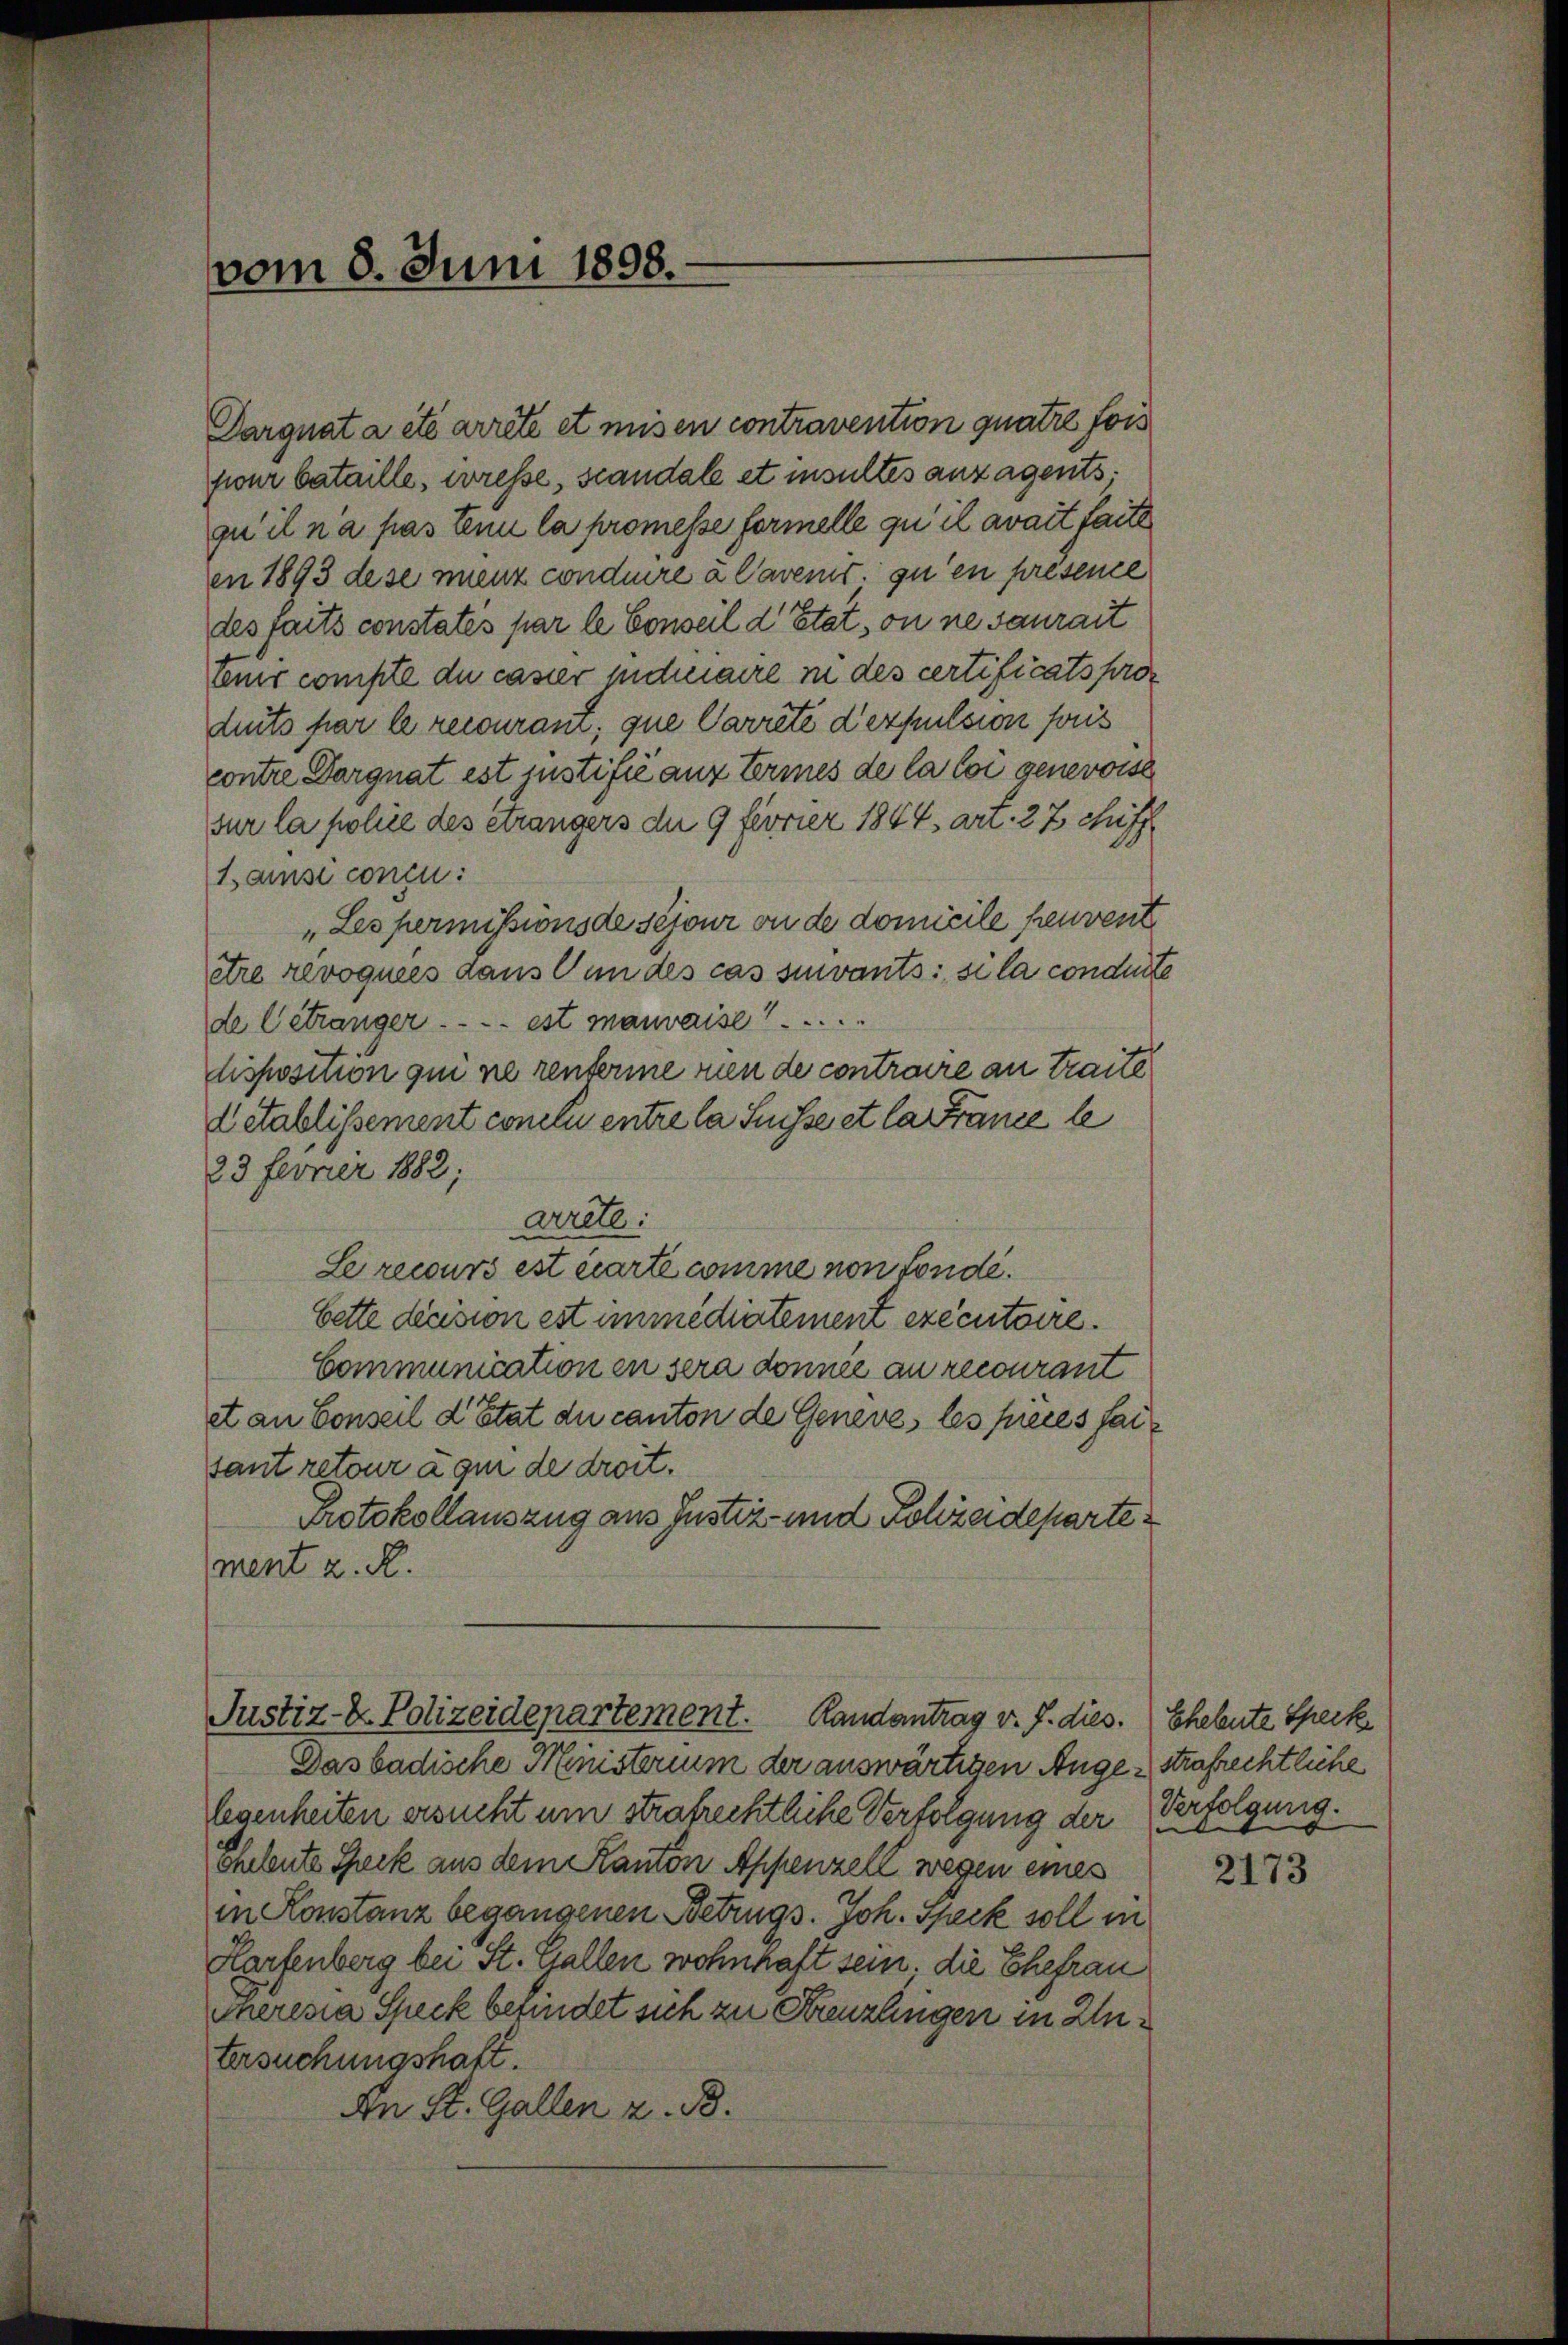
vom 8. Juni 1898.

Darguat a été arrêté et misen contravention quatre fois
four bataille, wresse, standale et insultes anzagents;
qu’ il n’a pas tenu la promesse formelle qu’ il avait faite
en 1893 dese menz conduire à Cavenis zu en présente
des faits constates par le Conseil d’Etat, on ne saurait
tenir compte du casser sich naire in des certificats produits par le recourant, que Carrete Verpulsion sous
contre Dargnat est justifié aux termes de la loi genevoise
sur la police des étrangers der 9 fivrier 1844 art. 27 chiff
Bainsi concu
„Les permissionsde séjour ou de domicile peuvent
stre revoquées dans un des cas suivants: si la condirte
de Getränger . . . . est mauvaise
lisposition qui ne renterieren de contraire an Traite
Cetablissement conclu entre la Suisse et la France be
23 Ferner 1882;
arete:
Le recours est carte comme von fondebette decision est immédiatement exécutoire.
Communication en sera donnie an recourant
et an Conseil d’Etat du canton de Geneve, les pièces faisant retourage de droit.
Protokollauszug aus Justiz- und Schreideparte
ment z. R.

Justiz- & Polizeidepartement.
Randantrag v. J. dies. Eheleute Speck

Das badische Ministerium der auswärtigen Angestrafrechtliche
legenheiten ersucht um strafrechtliche Verfolgung der
Eheleute Speck aus dem Kanton Appenzell wegen eines
in Konstanz begangenen Betrugs. Joh. Speck soll in
Harfenberg bei St. Gallen wohnhaft sein. die Ehefrau
Ineresia Speck befindet sich zu Kreuzlingen in Untersuchungshaft.
An St. Gallen z. B.

Verfolgung.

2173